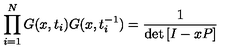
\prod _ { i = 1 } ^ { N } G ( x , t _ { i } ) G ( x , t _ { i } ^ { - 1 } ) = \frac { 1 } { \det \left[ I - x P \right] }